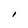
Character: I